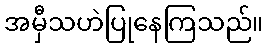
အမှီသဟဲပြုနေကြသည်။